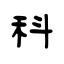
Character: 科